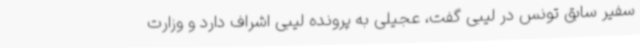
سفیر سابق تونس در لیبی گفت، عجیلی به پرونده لیبی اشراف دارد و وزارت